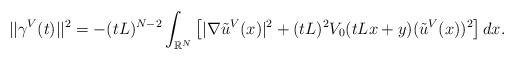
LaTeX: \begin{align*}||\gamma^V(t)||^2 = - (tL)^{N-2} \int_{\mathbb{R}^N}\left[|\nabla \tilde{u}^V(x)|^2 + (tL)^2V_0(tLx+y)(\tilde{u}^V(x))^2\right] dx.\end{align*}